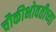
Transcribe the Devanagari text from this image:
चौकीभोवतीच्या